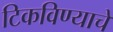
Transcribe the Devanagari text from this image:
टिकविण्याचे